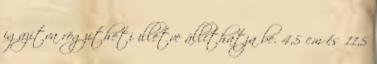
igazítva rögzítheti illetve állíthatja be. 4,5 cm és 11,5